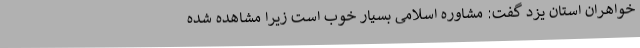
خواهران استان یزد گفت: مشاوره اسلامی بسیار خوب است زیرا مشاهده شده